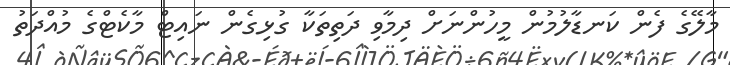
މާލޭގެ ފެން ކަނޑާލުމުން މީހުންނަށް ދިމާވި ދަތިތަކާ ގުޅިގެން ނައިޓް މާކެޓްގެ މުއްދަތު